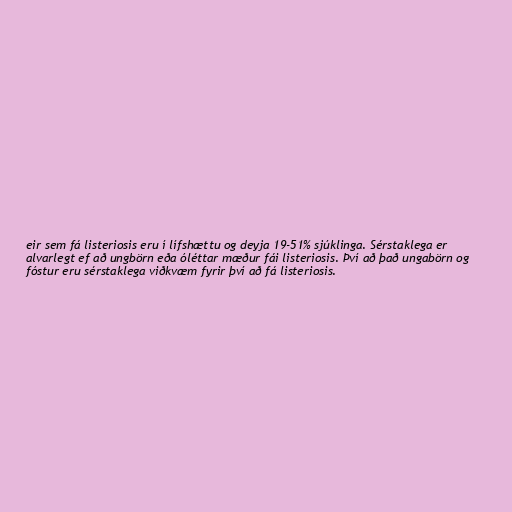
eir sem fá listeriosis eru í lífshættu og deyja 19-51% sjúklinga. Sérstaklega er
alvarlegt ef að ungbörn eða óléttar mæður fái listeriosis. Því að það ungabörn og
fóstur eru sérstaklega viðkvæm fyrir því að fá listeriosis.